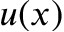
u ( x )